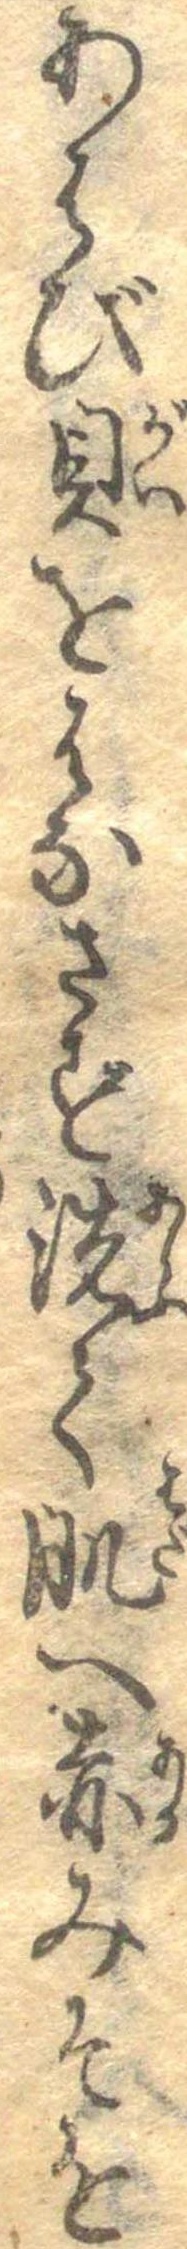
あわび貝をはなさず洗て肌へ赤みそを